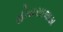
હોયસાલાસ